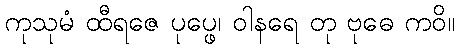
ကုသုမံ ထီရဇေ ပုပ္ဖေ၊ ဝါနရေ တု ဗုဓေ ကဝိ။